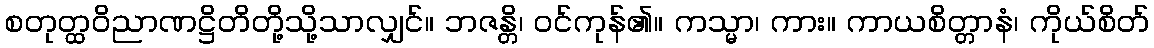
စတုတ္ထဝိညာဏဋ္ဌိတိတို့သို့သာလျှင်။ ဘဇန္တိ၊ ဝင်ကုန်၏။ ကသ္မာ၊ ကား။ ကာယစိတ္တာနံ၊ ကိုယ်စိတ်